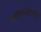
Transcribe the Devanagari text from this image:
मानससरोवरघाट